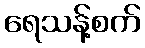
ရေသန့်စက်